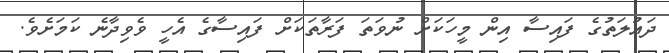
ދައުލަތުގެ ފައިސާ އިން މީހަކަށް ނުވަތަ ފަރާތަކަށް ފައިސާގެ އެހީ ވެވިދާނެ ކަމަށެވެ.